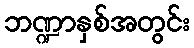
ဘဏ္ဍာနှစ်အတွင်း